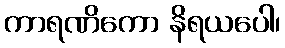
ကာရဏိကော နိရယပေါ၊